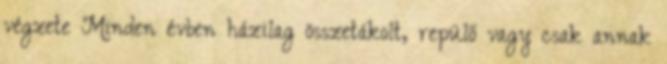
végzete Minden évben házilag összetákolt, repülő vagy csak annak